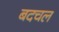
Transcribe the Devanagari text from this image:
बदचल